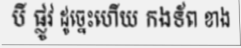
បី ផ្លូវ ដូច្នេះហើយ កងទ័ព ខាង